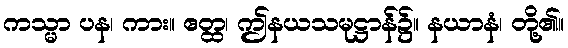
ကသ္မာ ပန၊ ကား။ ဧတ္ထ၊ ဤနယသမုဋ္ဌာန်၌။ နယာနံ၊ တို့၏။